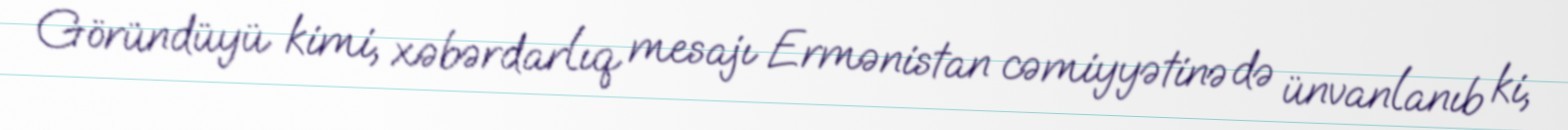
Göründüyü kimi, xəbərdarlıq mesajı Ermənistan cəmiyyətinə də ünvanlanıb ki,